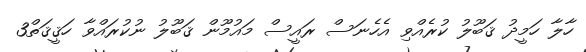
ހާލާ ހަމީދު ޤަބޫލު ކުރެއްވި އެހެނަސް ރައީސް މައުމޫން ޤަބޫލު ނުކުރައްވާ ހަޤީޤަތް3